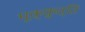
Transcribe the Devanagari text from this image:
मूक्कुत्ति